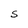
Character: S